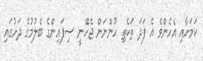
ކަމަށާއި އެހެންވެ އެ ފަދަ ތަކެތި ހުންނަން ޖެހޭނީ ސިފައިންގެ ބެލުމުގެ ދަށުގައި